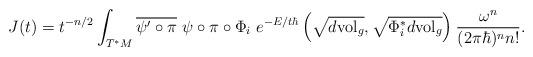
LaTeX: \begin{align*}J(t)=t^{-n/2}\int_{T^{\ast}M}\overline{\psi^{\prime}\circ\pi}~\psi\circ\pi\circ\Phi_{i}~e^{-E/t\hbar}\left( \sqrt{d\mathrm{vol}_{g}},\sqrt{\Phi_{i}^{\ast}d\mathrm{vol}_{g}}\right) _{}\frac{\omega^{n}}{(2\pi\hbar)^{n}n!}.\end{align*}